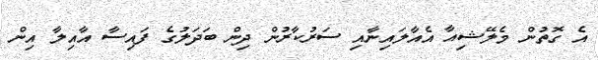
އެ ގޮތުން މެލޭޝިއާ އެއާލައިނާއި ސަރުކާރުން ދިން ބަދަލުގެ ފައިސާ އާއިލާ އިން